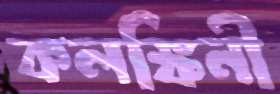
কলঙ্কিনী